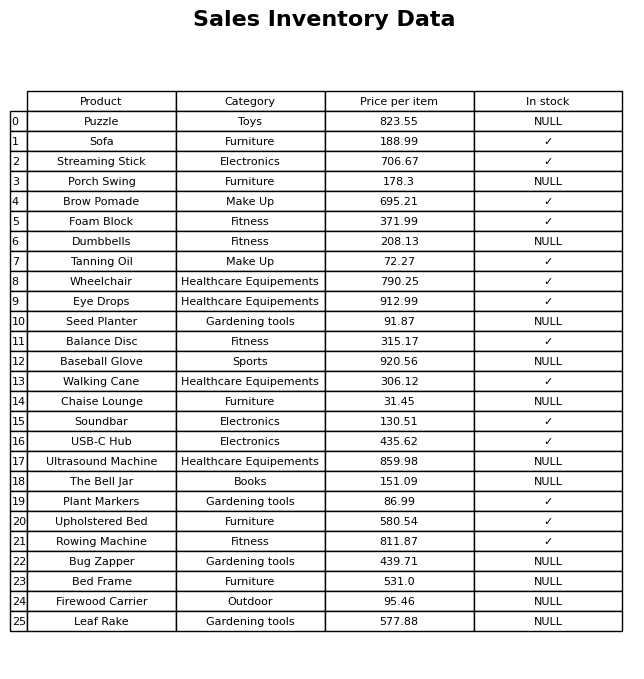
question: Which products are available in stock?
answer: Sofa, Streaming Stick, Brow Pomade, Foam Block, Tanning Oil, Wheelchair, Eye Drops, Balance Disc, Walking Cane, Soundbar, USB-C Hub, Plant Markers, Upholstered Bed, Rowing Machine